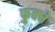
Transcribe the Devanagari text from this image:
फुक्चे